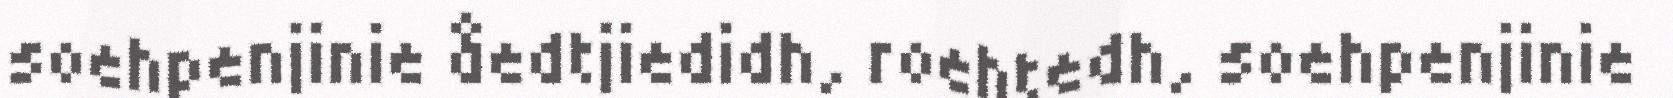
soehpenjinie åedtjiedidh, roehtedh, soehpenjinie